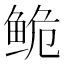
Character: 𬶏